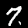
Label: 7